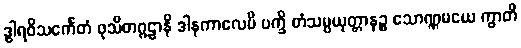
ဒွါရဝိသင်္ကေတံ ဖုသိတဂ္ဂဠာနိ ဒါနကာလေပိ ပက္ခိ တံသမ္ပယုတ္တာနဉ္စ သောဏ္ဏမယေ ကွာတိ